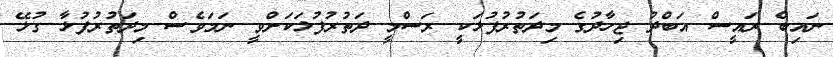
ނައިބް ރައީސް އަބްދު ޖިހާދުގެ މިދަތުރުފުޅަކީ ރަސްމީ ދަތުރުފުޅަކަށްވީ ނަމަވެސް މިދަތުރުފުޅާ ގުޅޭ